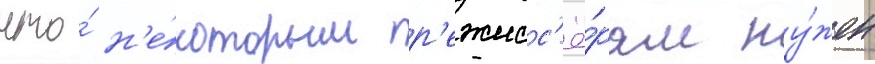
что́ н'е́которым р'ежисс'ё́рам ну́жен